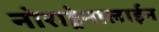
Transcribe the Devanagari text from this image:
नोराड्रेनालाईन